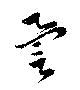
譽